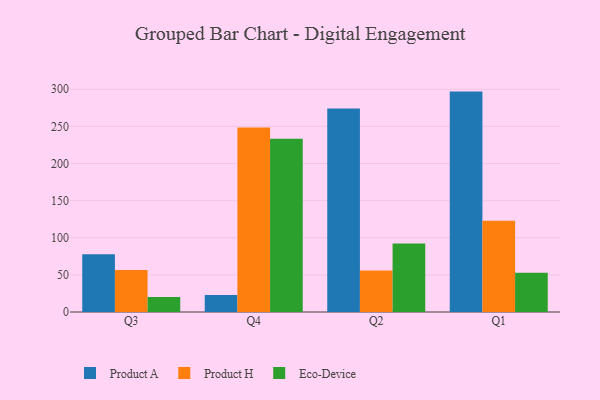
{"axis": {"x": "Quarter", "y": "Population (Million)"}, "legend": ["Eco-Device", "Product A", "Product H"], "data": [{"x": "Q3", "y": 77.9, "type": "Product A"}, {"x": "Q3", "y": 56.5, "type": "Product H"}, {"x": "Q3", "y": 20.3, "type": "Eco-Device"}, {"x": "Q4", "y": 22.9, "type": "Product A"}, {"x": "Q4", "y": 248.6, "type": "Product H"}, {"x": "Q4", "y": 233.4, "type": "Eco-Device"}, {"x": "Q2", "y": 273.9, "type": "Product A"}, {"x": "Q2", "y": 56.0, "type": "Product H"}, {"x": "Q2", "y": 92.4, "type": "Eco-Device"}, {"x": "Q1", "y": 296.8, "type": "Product A"}, {"x": "Q1", "y": 123.0, "type": "Product H"}, {"x": "Q1", "y": 52.7, "type": "Eco-Device"}]}